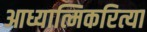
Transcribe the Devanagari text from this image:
आध्यात्मिकरित्या